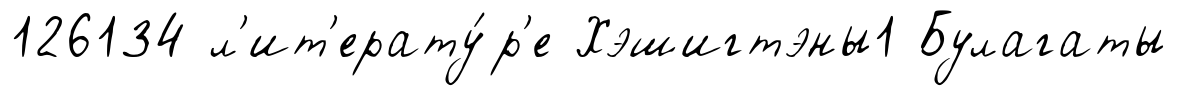
126134 л'ит'ерату́р'е Хэшигтэны1 Булагаты